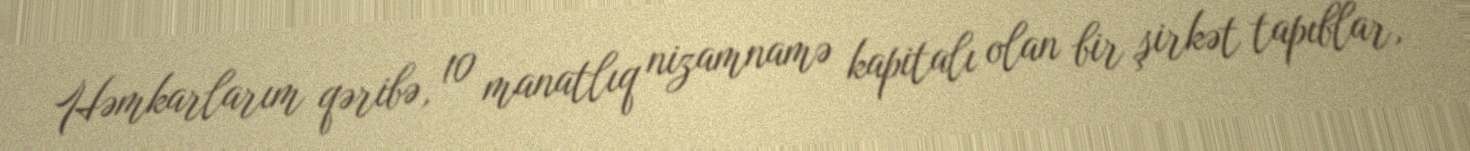
Həmkarlarım qəribə, 10 manatlıq nizamnamə kapitalı olan bir şirkət tapıblar,